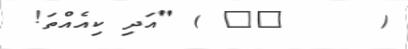
(     ١٩ ) "އަދި ކިއެއްތަ!